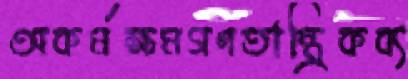
অকর্মক্ষমগণতান্ত্রিকব্য